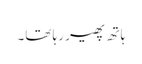
ہاتھ پھیر رہا تھا۔